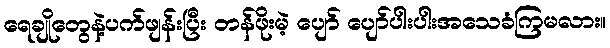
ရေချိုတွေနဲ့ပက်ဖျန်းပြီး တန်ဖိုးမဲ့ ပျော် ပျော်ပါးပါးအသေခံကြမလား။